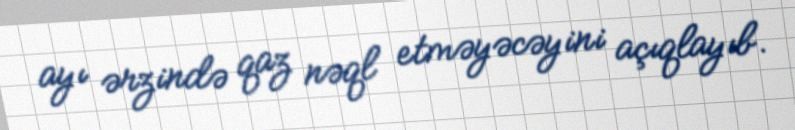
ayı ərzində qaz nəql etməyəcəyini açıqlayıb.